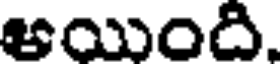
అయింది.